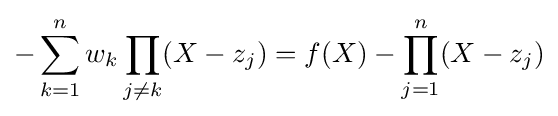
-\sum _{k=1}^{n}w_{k}\prod _{j\neq k}(X-z_{j})=f(X)-\prod _{j=1}^{n}(X-z_{j})